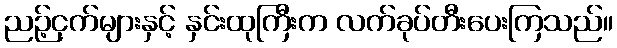
ညဉ့်ငှက်များနှင့် နှင်းထုကြီးက လက်ခုပ်တီးပေးကြသည်။